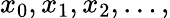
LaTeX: x_{0},x_{1},x_{2},\ldots,